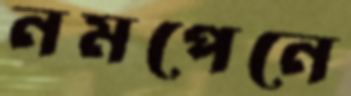
নমপেনে